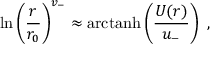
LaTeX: \mathrm { l n } \left( { \frac { r } { r _ { 0 } } } \right) ^ { v _ { - } } \approx \mathrm { a r c t a n h } \left( { \frac { U ( r ) } { u _ { - } } } \right) ~ ,